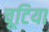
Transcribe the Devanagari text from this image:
चूटिया